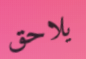
يلاحق